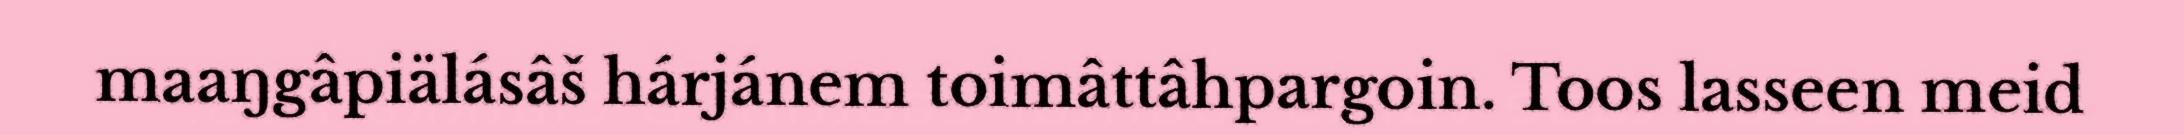
maaŋgâpiälásâš hárjánem toimâttâhpargoin. Toos lasseen meid